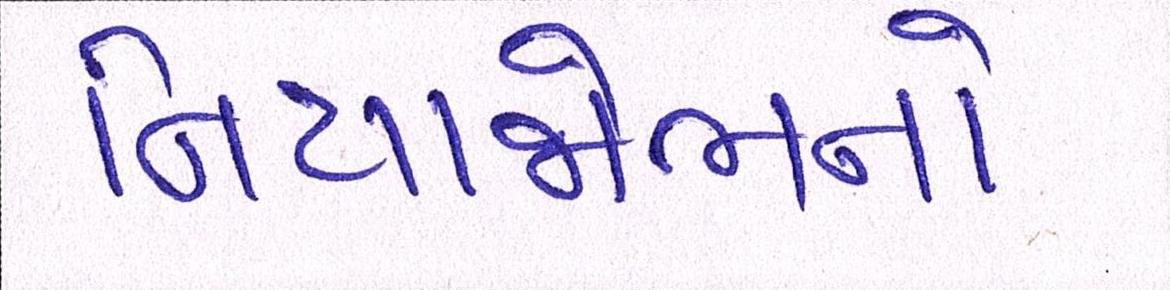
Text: નિયાજોભનો